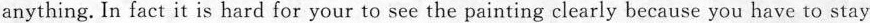
anything. In fact it is hard for your to see the painting clearly because you have to stay